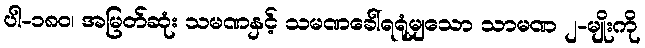
ပါ-၁၈၀၊ အမြတ်ဆုံး သမဏနှင့် သမဏခေါ်ရရုံမျှသော သာမဏ ၂-မျိုးကို